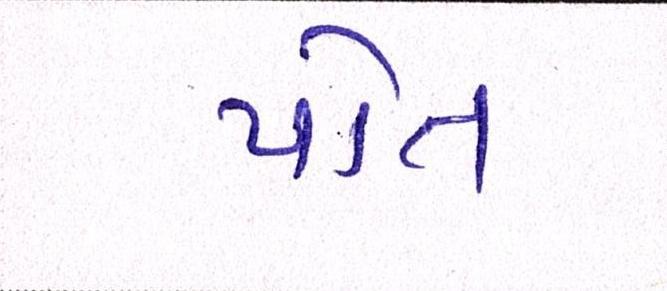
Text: પોત